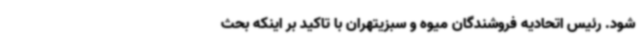
شود. رئیس اتحادیه فروشندگان میوه و سبزیتهران با تاکید بر اینکه بحث